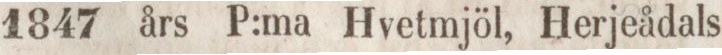
1847 års P:ma Hvetmjöl, Herjeådals